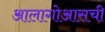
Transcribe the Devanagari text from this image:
आलागोआसची